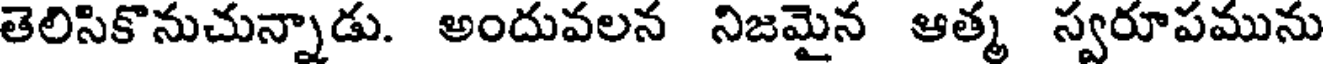
తెలిసికొనుచున్నాడు. అందువలన నిజమైన ఆత్మ స్వరూపమును